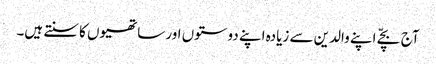
آج بچّے اپنے والدین سے زیادہ اپنے دوستوں اور ساتھیوں کا سنتے ہیں۔